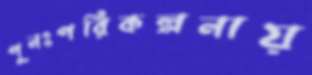
পুনঃপরিকল্পনায়